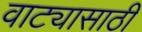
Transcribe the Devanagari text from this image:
वाट्यासाठी